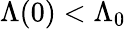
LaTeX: \Lambda(0)<\Lambda_{0}